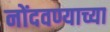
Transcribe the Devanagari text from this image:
नोंदवण्याच्या